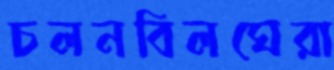
চলনবিলঘেরা